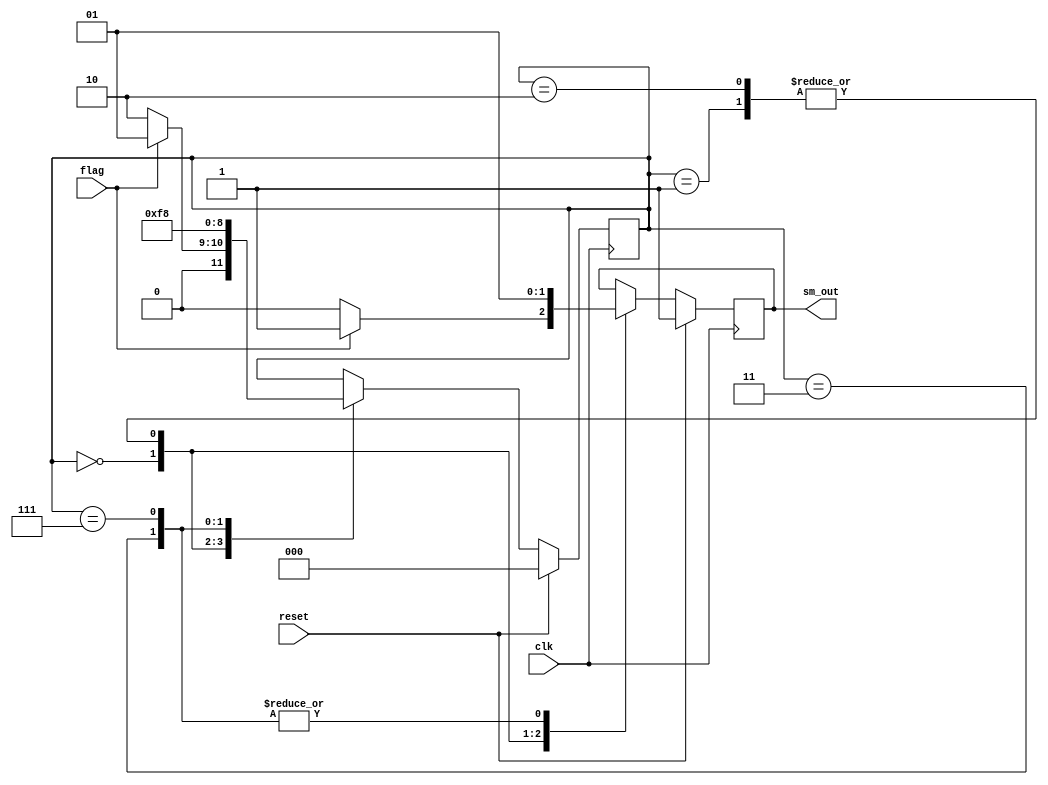
// State Machine with single sequential block
//fsm_1.v
module fsm_1(clk,reset,flag,sm_out);
input clk,reset,flag;
output reg sm_out;

parameter s1 = 3'b000;
parameter s2 = 3'b001;
parameter s3 = 3'b010;
parameter s4 = 3'b011;
parameter s5 = 3'b111;

reg [2:0] state;

always@(posedge clk)
  begin
    if(reset)
      begin
        state <= s1;
        sm_out  <= 1'b1;
      end
  else
    begin
     case(state)
       s1: if(flag) 
            begin 
              state <= s2; 
              sm_out <= 1'b1; 
            end
           else
            begin
              state <= s3;
              sm_out <= 1'b0;
            end
       s2: begin state <= s4; sm_out <= 1'b0; end
       s3: begin state <= s4; sm_out <= 1'b0; end
       s4: begin state <= s5; sm_out <= 1'b1; end
       s5: begin state <= s1; sm_out <= 1'b1; end
     endcase
    end
 end
endmodule